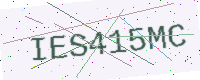
Text: IES415MC